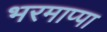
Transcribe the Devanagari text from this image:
भरमाप्पा